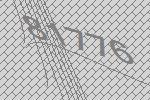
81776